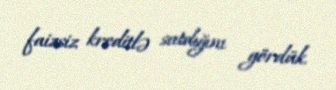
faizsiz kreditlə satdığını gördük.